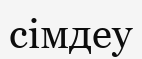
сімдеу